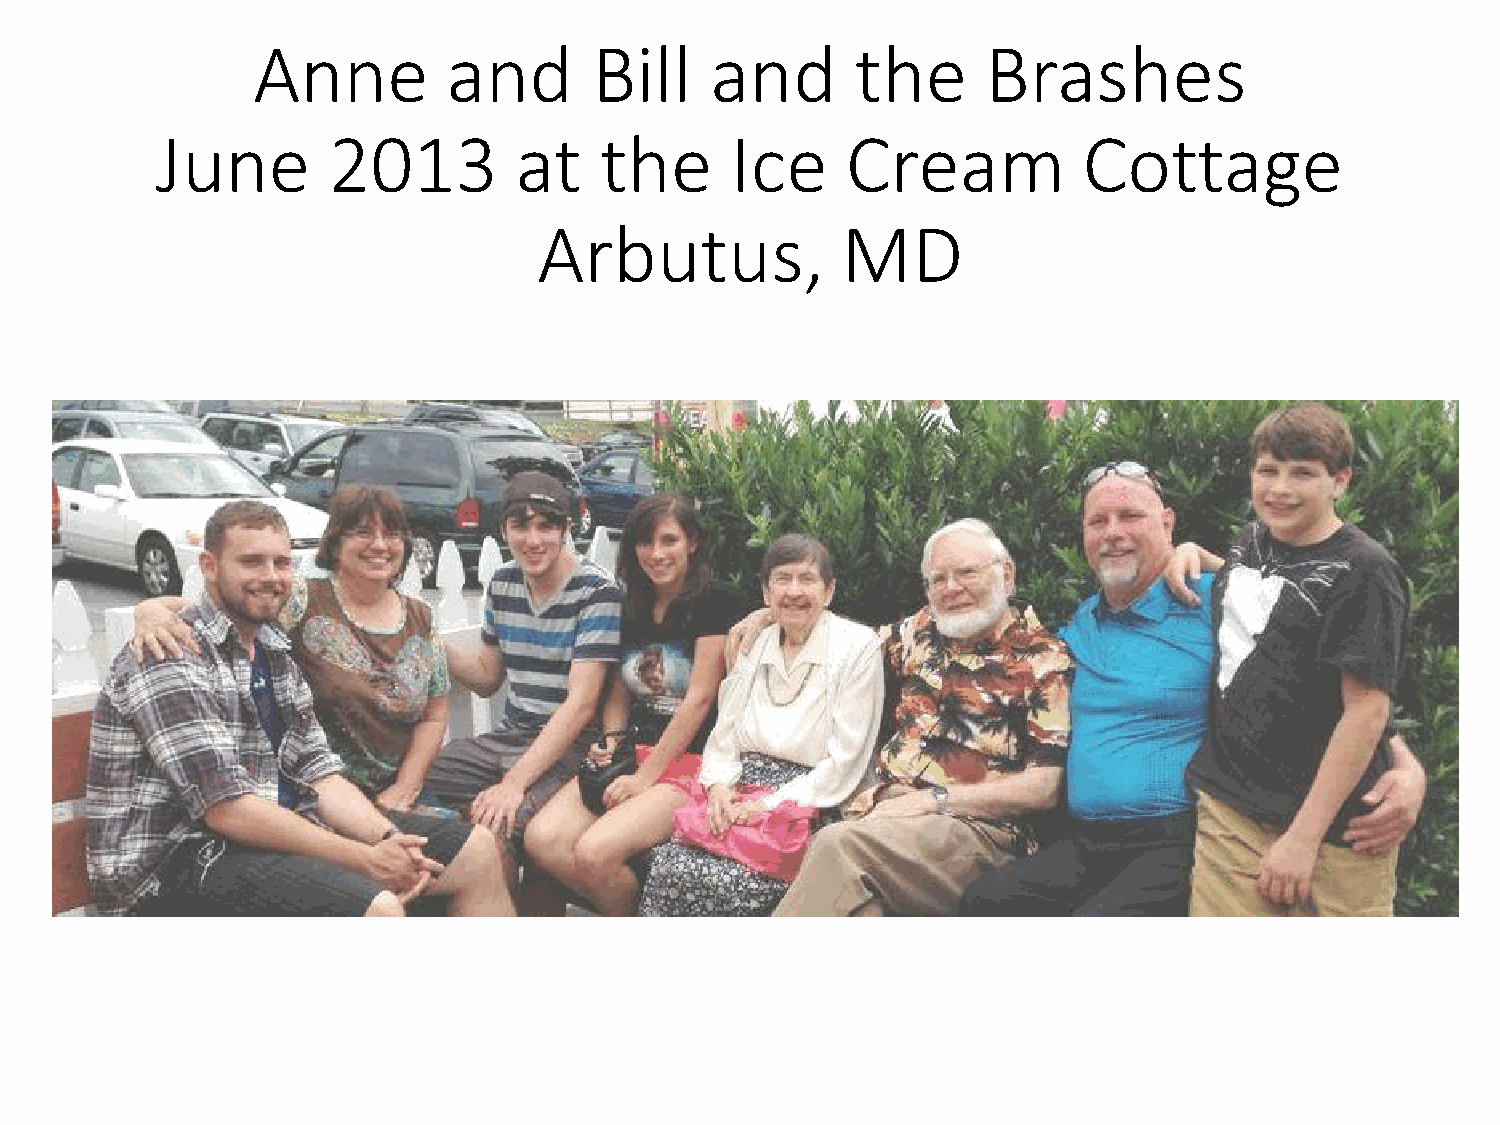
Anne         and      Bill    and       the     Brashes
 June        2013        at    the     Ice     Cream           Cottage
 Arbutus,            MD